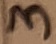
Text: 3